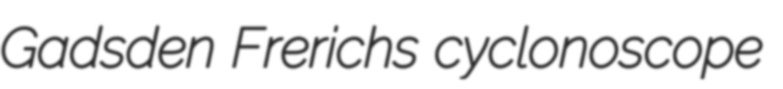
Gadsden Frerichs cyclonoscope